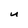
Character: u